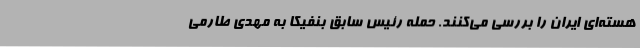
هسته‌ای ایران را بررسی می‌کنند. حمله رئیس سابق بنفیکا به مهدی طارمی